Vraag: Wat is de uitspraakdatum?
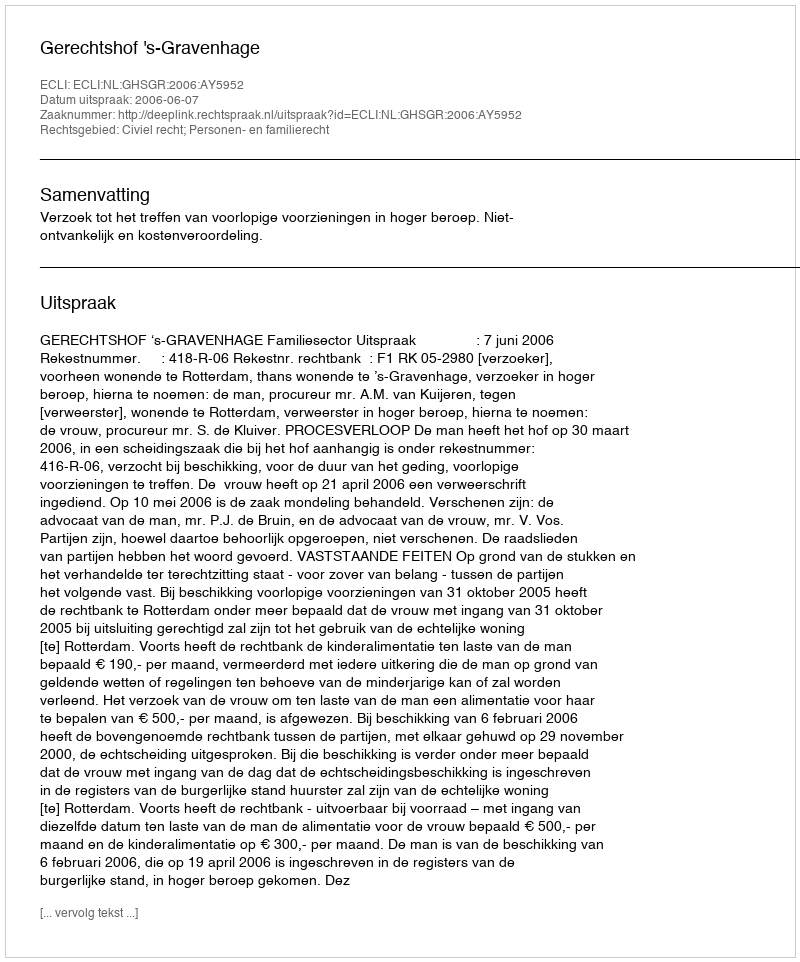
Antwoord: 2006-06-07